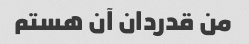
من قدردان آن هستم